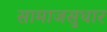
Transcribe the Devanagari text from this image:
सामाजसुधार